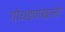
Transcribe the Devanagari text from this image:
गोधड्यांखाली